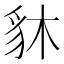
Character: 䝗